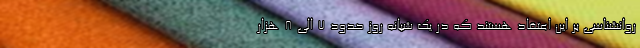
روانشناسی بر این اعتقاد هستند که در یک شبانه روز حدود 7 الی 8 هزار